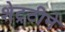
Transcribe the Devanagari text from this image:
शेट्रटीने